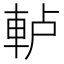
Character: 𨋤